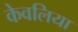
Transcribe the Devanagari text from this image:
केवलिया